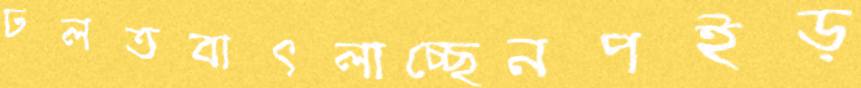
ঢলতবাৎলাচ্ছেনপইড়